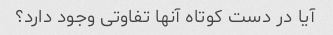
آیا در دست کوتاه آنها تفاوتی وجود دارد؟